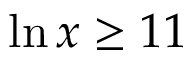
\ln x \geq 1 1